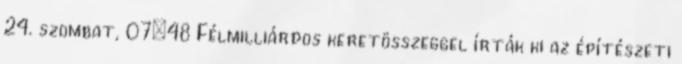
24. szombat, 07:48 Félmilliárdos keretösszeggel írták ki az építészeti